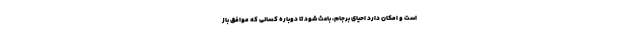
است و امکان دارد احیای برجام، باعث شود تا دوباره کسانی که موافق باز